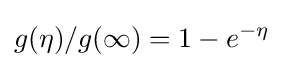
g(\eta )/g(\infty )=1-e^{-\eta }